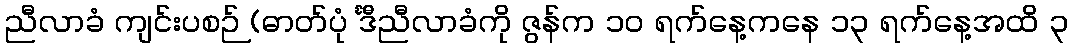
ညီလာခံ ကျင်းပစဉ် (ဓာတ်ပုံ င်္ဒီညီလာခံကို ဇွန်က ၁၀ ရက်နေ့ကနေ ၁၃ ရက်နေ့အထိ ၃